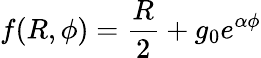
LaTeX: f(R,\phi)=\frac{R}{2}+g_{0}e^{\alpha\phi}